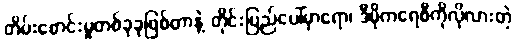
တိမ်းစောင်းမှုတစ်ခုခုဖြစ်တာနဲ့ တိုင်းပြည်ပေါ်မှာရော၊ ဒီမိုကရေစီကိုလိုလားတဲ့